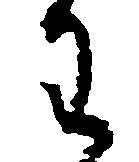
わ